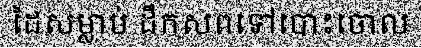
ដៃសម្លាប់ ដឹកសពទៅបោះចោល